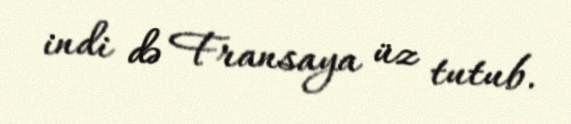
indi də Fransaya üz tutub.